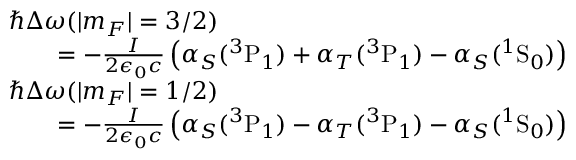
\begin{array} { r l } & { \hbar \Delta \omega ( | m _ { F } | = 3 / 2 ) } \\ & { \quad \quad = - \frac { I } { 2 \epsilon _ { 0 } c } \left( \alpha _ { S } ( ^ { 3 } \mathrm { P } _ { 1 } ) + \alpha _ { T } ( ^ { 3 } \mathrm { P } _ { 1 } ) - \alpha _ { S } ( ^ { 1 } \mathrm { S } _ { 0 } ) \right) } \\ & { \hbar \Delta \omega ( | m _ { F } | = 1 / 2 ) } \\ & { \quad \quad = - \frac { I } { 2 \epsilon _ { 0 } c } \left( \alpha _ { S } ( ^ { 3 } \mathrm { P } _ { 1 } ) - \alpha _ { T } ( ^ { 3 } \mathrm { P } _ { 1 } ) - \alpha _ { S } ( ^ { 1 } \mathrm { S } _ { 0 } ) \right) } \end{array}